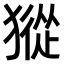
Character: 𤡆